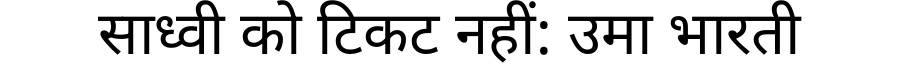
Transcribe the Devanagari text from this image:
साध्वी को टिकट नहीं: उमा भारती